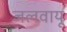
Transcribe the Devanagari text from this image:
जलवायू